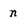
Character: n